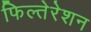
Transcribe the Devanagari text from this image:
फिल्तेरेशन